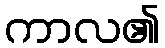
ကာလ၏